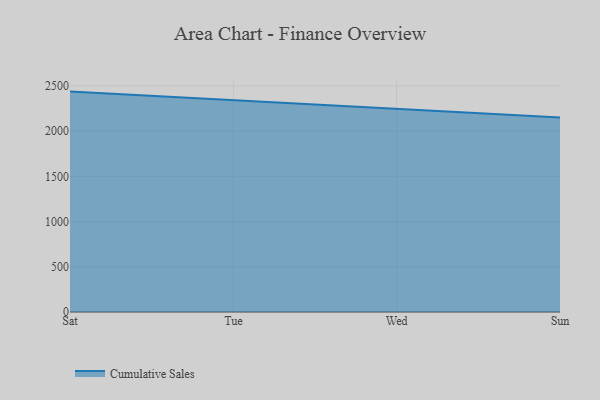
{"axis": {"x": "Day", "y": "Customer Acquisition Cost (USD)"}, "legend": ["Cumulative Sales"], "data": [{"x": "Sat", "y": 2436.8, "type": "Cumulative Sales"}, {"x": "Tue", "y": 2339.3, "type": "Cumulative Sales"}, {"x": "Wed", "y": 2239.8, "type": "Cumulative Sales"}, {"x": "Sun", "y": 2150.2, "type": "Cumulative Sales"}]}